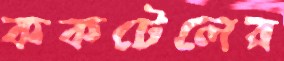
ককটেলের